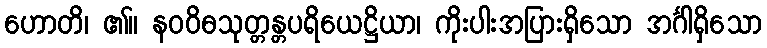
ဟောတိ၊ ၏။ နဝဝိဓသုတ္တန္တပရိယေဋ္ဌိယာ၊ ကိုးပါးအပြားရှိသော အင်္ဂါရှိသော